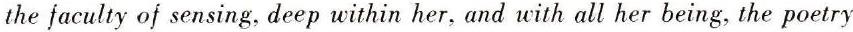
the faculty of sensing, deep within her, and with all her being, the poetry